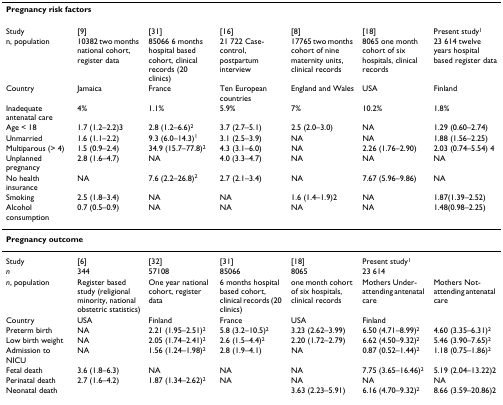
<table><thead><tr><td colspan="7"><b>Pregnancy risk factors</b></td></tr></thead><tbody><tr><td>Study</td><td>[9]</td><td>[31]</td><td>[16]</td><td>[8]</td><td>[18]</td><td>Present study<sup>1</sup></td></tr><tr><td>n, population</td><td>10382 two months national cohort, register data</td><td>85066 6 months hospital based cohort, clinical records (20 clinics)</td><td>21 722 Case-control, postpartum interview</td><td>17765 two months cohort of nine maternity units, clinical records</td><td>8065 one month cohort of six hospitals, clinical records</td><td>23 614 twelve years hospital based register data</td></tr><tr><td>Country</td><td>Jamaica</td><td>France</td><td>Ten European countries</td><td>England and Wales</td><td>USA</td><td>Finland</td></tr><tr><td>Inadequate antenatal care</td><td>4%</td><td>1.1%</td><td>5.9%</td><td>7%</td><td>10.2%</td><td>1.8%</td></tr><tr><td>Age &lt; 18</td><td>1.7 (1.2–2.2)3</td><td>2.8 (1.2–6.6)<sup>2</sup></td><td>3.7 (2.7–5.1)</td><td>2.5 (2.0–3.0)</td><td>NA</td><td>1.29 (0.60–2.74)</td></tr><tr><td>Unmarried</td><td>1.6 (1.1–2.2)</td><td>9.3 (6.0–14.3)<sup>1</sup></td><td>3.1 (2.5–3.9)</td><td>NA</td><td>NA</td><td>1.88 (1.56–2.25)</td></tr><tr><td>Multiparous (&gt; 4)</td><td>1.5 (0.9–2.4)</td><td>34.9 (15.7–77.8)<sup>2</sup></td><td>4.3 (3.1–6.0)</td><td>NA</td><td>2.26 (1.76–2.90)</td><td>2.03 (0.74–5.54) 4</td></tr><tr><td>Unplanned pregnancy</td><td>2.8 (1.6–4.7)</td><td>NA</td><td>4.0 (3.3–4.7)</td><td>NA</td><td>NA</td><td>NA</td></tr><tr><td>No health insurance</td><td>NA</td><td>7.6 (2.2–26.8)<sup>2</sup></td><td>2.7 (2.1–3.4)</td><td>NA</td><td>7.67 (5.96–9.86)</td><td>NA</td></tr><tr><td>Smoking</td><td>2.5 (1.8–3.4)</td><td>NA</td><td>NA</td><td>1.6 (1.4–1.9)2</td><td>NA</td><td>1.87(1.39–2.52)</td></tr><tr><td>Alcohol consumption</td><td>0.7 (0.5–0.9)</td><td>NA</td><td>NA</td><td>NA</td><td>NA</td><td>1.48(0.98–2.25)</td></tr><tr><td colspan="7"><b>Pregnancy outcome</b></td></tr><tr><td>Study</td><td>[6]</td><td>[32]</td><td>[31]</td><td>[18]</td><td>Present study<sup>1</sup></td><td></td></tr><tr><td><i>n</i></td><td>344</td><td>57108</td><td>85066</td><td>8065</td><td>23 614</td><td></td></tr><tr><td><i>n</i>, population</td><td>Register based study (religional minority, national obstetric statistics)</td><td>One year national cohort, register data</td><td>6 months hospital based cohort, clinical records (20 clinics)</td><td>one month cohort of six hospitals, clinical records</td><td>Mothers Under-attending antenatal care</td><td>Mothers Not-attending antenatal care</td></tr><tr><td>Country</td><td>USA</td><td>Finland</td><td>France</td><td>USA</td><td>Finland</td><td></td></tr><tr><td>Preterm birth</td><td>NA</td><td>2.21 (1.95–2.51)<sup>2</sup></td><td>5.8 (3.2–10.5)<sup>2</sup></td><td>3.23 (2.62–3.99)</td><td>6.50 (4.71–8.99)<sup>2</sup></td><td>4.60 (3.35–6.31)<sup>2</sup></td></tr><tr><td>Low birth weight</td><td>NA</td><td>2.05 (1.74–2.41)<sup>2</sup></td><td>2.6 (1.5–4.4)<sup>2</sup></td><td>2.20 (1.72–2.79)</td><td>6.62 (4.50–9.32)<sup>2</sup></td><td>5.46 (3.90–7.65)<sup>2</sup></td></tr><tr><td>Admission to NICU</td><td>NA</td><td>1.56 (1.24–1.98)<sup>2</sup></td><td>2.8 (1.9–4.1)</td><td>NA</td><td>0.87 (0.52–1.44)<sup>2</sup></td><td>1.18 (0.75–1.86)<sup>2</sup></td></tr><tr><td>Fetal death</td><td>3.6 (1.8–6.3)</td><td>NA</td><td>NA</td><td>NA</td><td>7.75 (3.65–16.46)<sup>2</sup></td><td>5.19 (2.04–13.22)2</td></tr><tr><td>Perinatal death</td><td>2.7 (1.6–4.2)</td><td>1.87 (1.34–2.62)<sup>2</sup></td><td>NA</td><td>NA</td><td>NA</td><td>NA</td></tr><tr><td>Neonatal death</td><td></td><td></td><td></td><td>3.63 (2.23–5.91)</td><td>6.16 (4.70–9.32)<sup>2</sup></td><td>8.66 (3.59–20.86)2</td></tr></tbody></table>